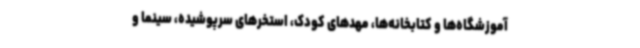
آموزشگاه‌ها و کتابخانه‌ها، مهدهای کودک، استخرهای سرپوشیده، سینما و